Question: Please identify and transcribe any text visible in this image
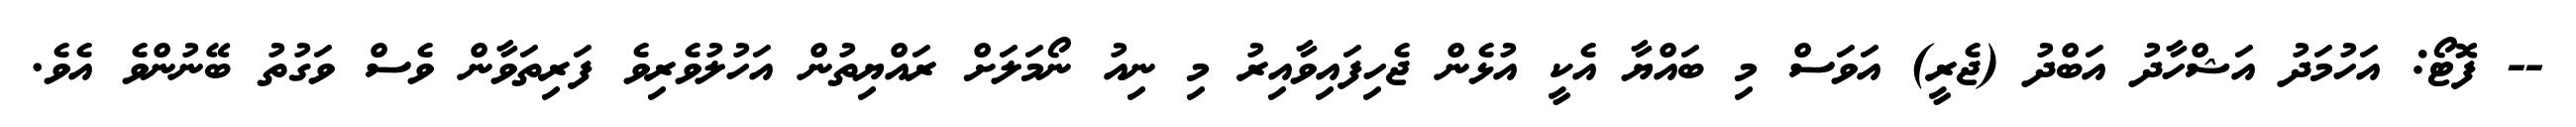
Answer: -- ފޮޓޯ: އަހުމަދު އަޝްހާދު އަބްދު (ޖެރީ) އަވަސް މި ބައްޔާ އެކީ އުޅެން ޖެހިފައިވާއިރު މި ނިއު ނޯމަލަށް ރައްޔިތުން އަހުލުވެރިވެ ފަރިތަވާން ވެސް ވަގުތު ބޭނުންވެ އެވެ.